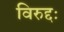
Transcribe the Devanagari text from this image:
विरुद्दः